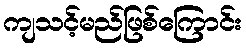
ကျသင့်မည်ဖြစ်ကြောင်း